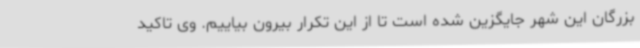
بزرگان این شهر جایگزین شده است تا از این تکرار بیرون بیاییم. وی تاکید